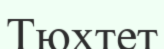
Тюхтет